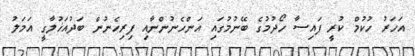
އަހަރު ހުކުމް ކުރީ ފައިސާ ހޯދުމުގެ ބޭނުމުގައި އަންހެނުންނާއި ފިރިހެނުން ބަދުއަޚުލާގީ އަމަލު